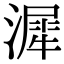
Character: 漽